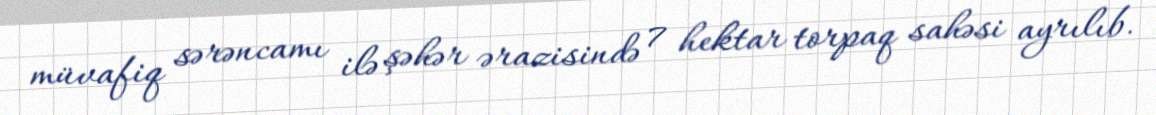
müvafiq sərəncamı ilə şəhər ərazisində 7 hektar torpaq sahəsi ayrılıb.